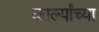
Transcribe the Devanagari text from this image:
कार्ल्यांच्या